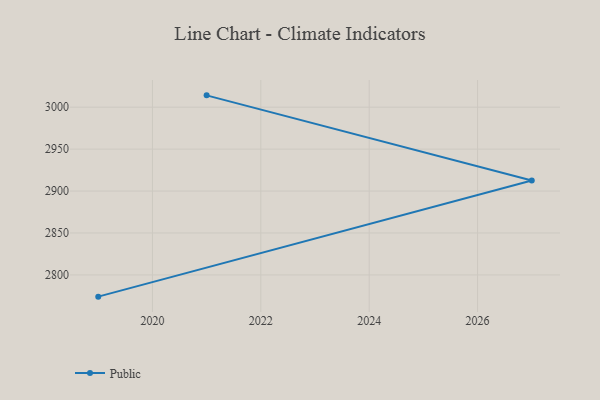
{"axis": {"x": "Year", "y": "Budget (USD K)"}, "legend": ["Public"], "data": [{"x": "2019", "y": 2774.1, "type": "Public"}, {"x": "2027", "y": 2912.5, "type": "Public"}, {"x": "2021", "y": 3014.1, "type": "Public"}]}